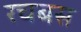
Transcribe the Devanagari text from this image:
रचबस